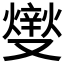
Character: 𤏻